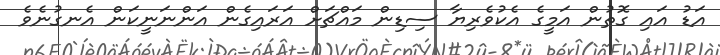
އަޑު އައި ގޮތުން އަމީގެ އެކުވެރިޔާ ސިޑިން މައްޗަށް އަރައިގެން އަންނަނީކަން އެނގުނެވެ